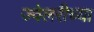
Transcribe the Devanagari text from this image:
ज्वेलरीच्या